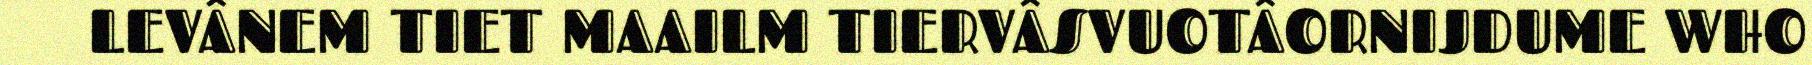
LEVÂNEM TIET MAAILM TIERVÂSVUOTÂORNIJDUME WHO